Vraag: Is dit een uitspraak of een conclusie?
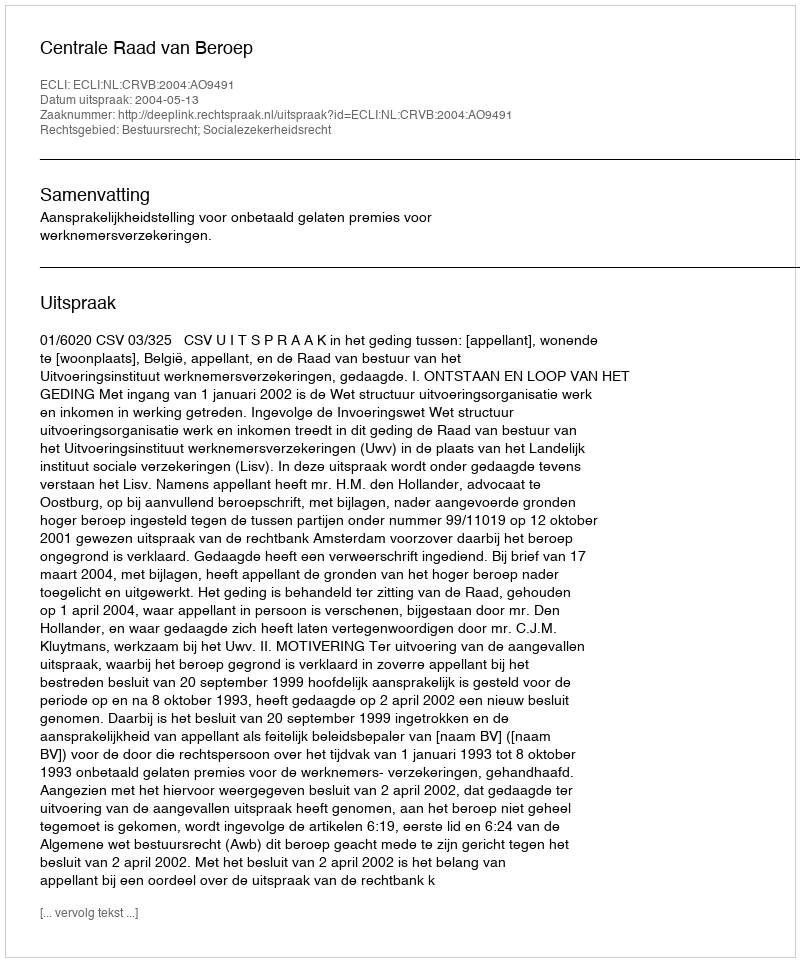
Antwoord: Uitspraak